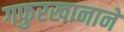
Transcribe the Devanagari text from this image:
गफुरखानाने